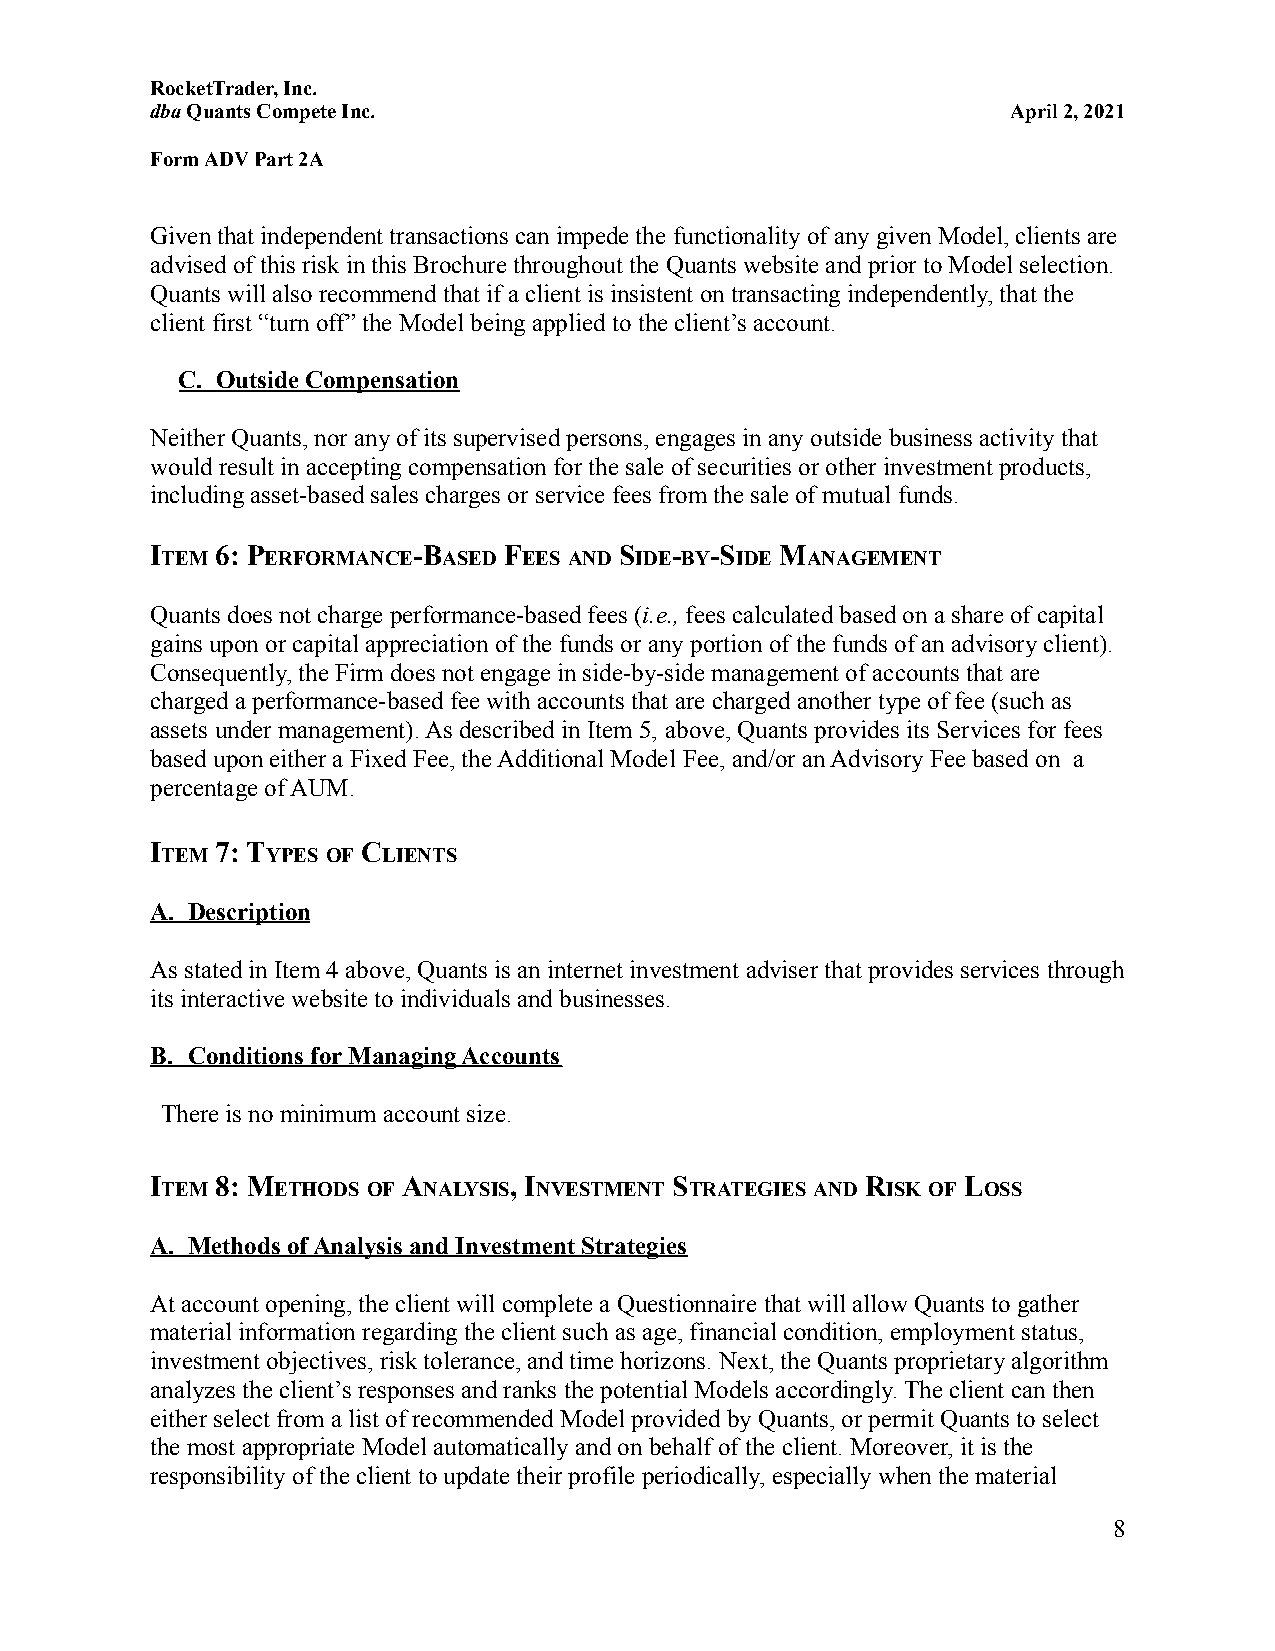
RocketTrader, Inc.
 dbaQuants Compete Inc.                                   April 2, 2021
 Form ADV Part 2A
 Given that independent transactions can impede the functionality of any given Model, clients are
 advised of this risk in this Brochure throughout the Quants website and prior to Model selection.
 Quants will also recommend that if a client is insistent on transacting independently, that the
 client first “turn off” the Model being applied tothe client’s account.
 C. Outside Compensation
 Neither Quants, nor any of its supervised persons, engages in any outside business activity that
 would result in accepting compensation for the sale of securities or other investment products,
 including asset-based sales charges or service feesfrom the sale of mutual funds.
 I   6: P         -B    F       S  -  -S   M
 TEM    ERFORMANCE ASED  EES AND IDE BY IDE ANAGEMENT
 Quants does not charge performance-based fees (i.e., fees calculated based on a share of capital
 gains upon or capital appreciation of the funds orany portion of the funds of an advisory client).
 Consequently, the Firm does not engage in side-by-sidemanagement of accounts that are
 charged a performance-based fee with accounts that are charged another type of fee (such as
 assets under management). As described in Item 5, above, Quants provides its Services for fees
 based upon either a Fixed Fee, the Additional Model Fee, and/or an Advisory Fee based on a
 percentage of AUM.
 I   7: T      C
 TEM    YPES OF LIENTS
 A. Description
 As stated in Item 4 above, Quants is an internet investmentadviser that provides services through
 its interactive website to individuals and businesses.
 B. Conditions for Managing Accounts
 There is no minimum account size.
 I   8: M         A      , I        S           R      L
 TEM    ETHODS OF NALYSIS NVESTMENT TRATEGIES AND ISK OF OSS
 A. Methods of Analysis and Investment Strategies
 At account opening, the client will complete a Questionnaire that will allow Quants to gather
 material information regarding the client such asage, financial condition, employment status,
 investment objectives, risk tolerance, and time horizons.Next, the Quants proprietary algorithm
 analyzes the client’s responses and ranks the potential Models accordingly. The client can then
 either select from a list of recommended Model provided by Quants, or permit Quants to select
 the most appropriate Model automatically and on behalfof the client. Moreover, it is the
 responsibility of the client to update their profile periodically, especially when the material
 8